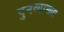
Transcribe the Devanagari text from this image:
पुनव्याख्या